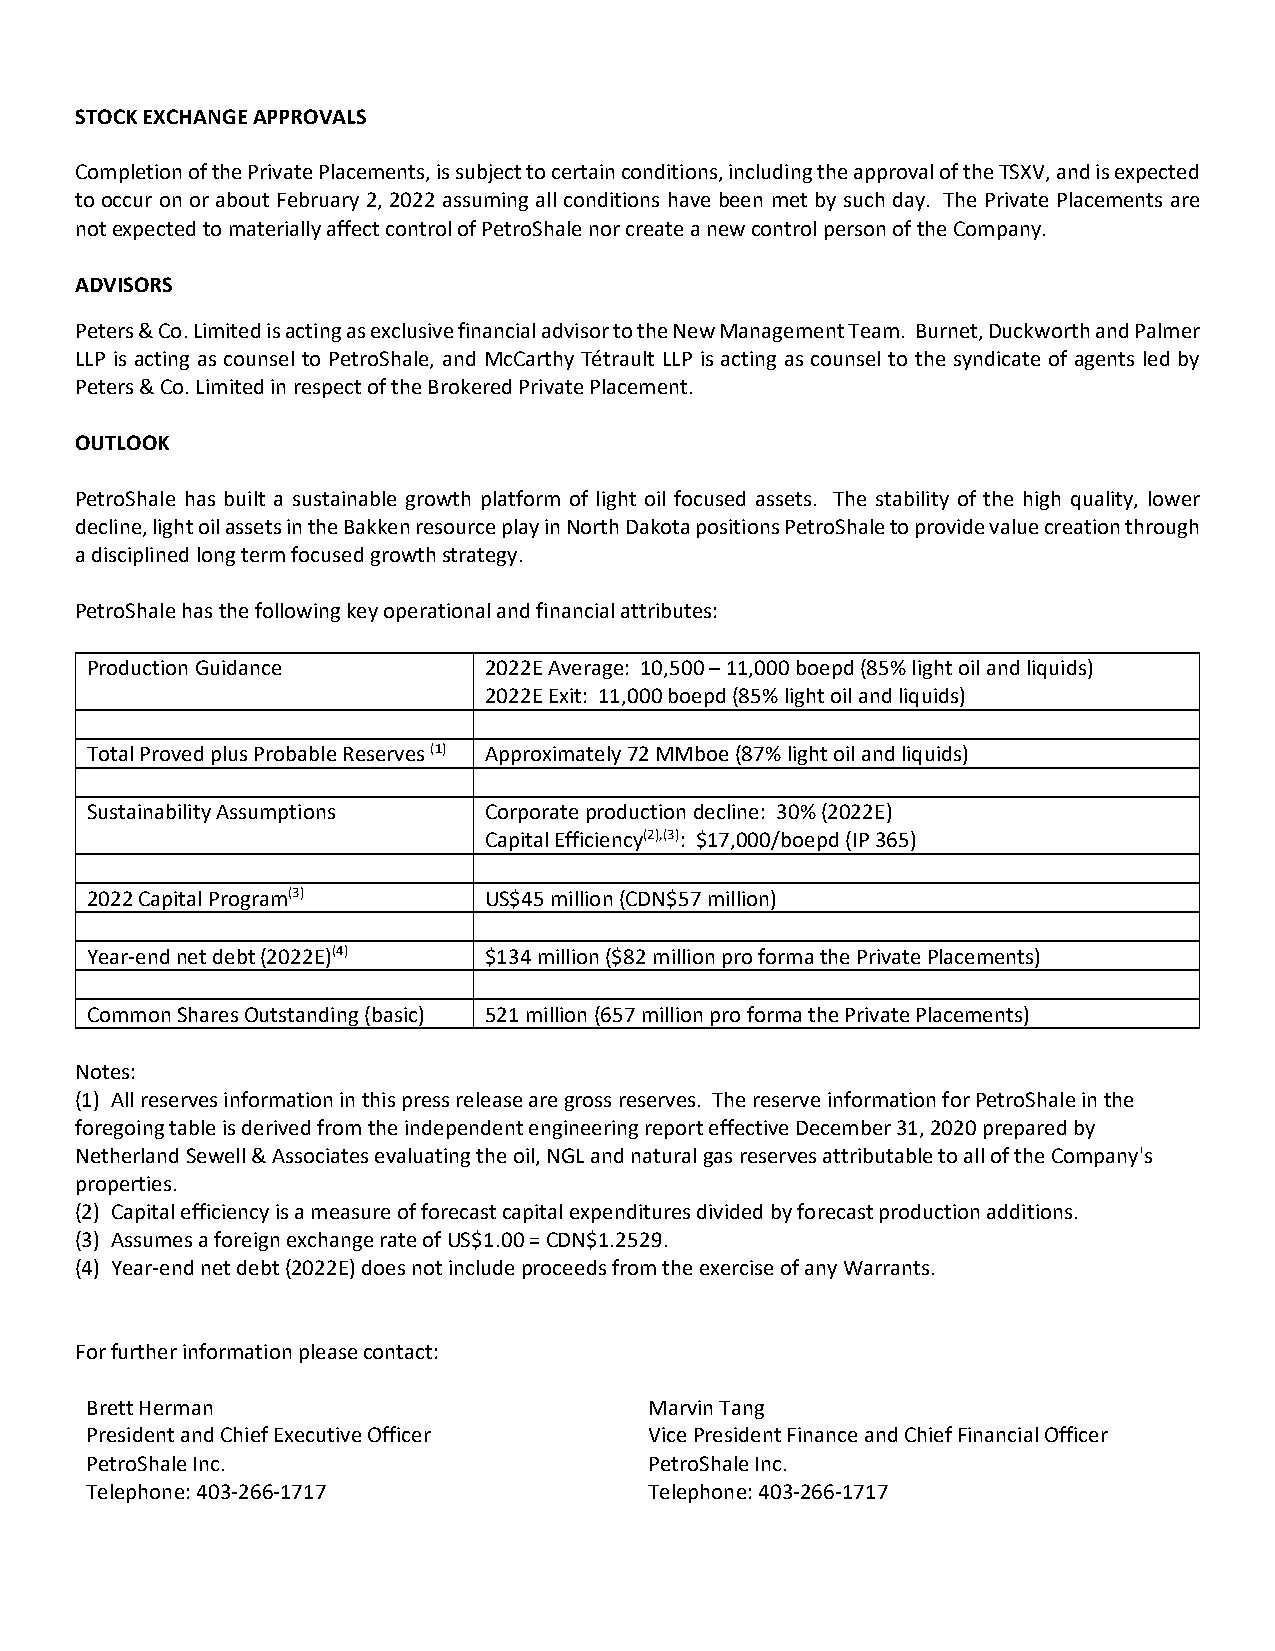
STOCK EXCHANGE APPROVALS
 Completion of the Private Placements, is subject to certain conditions, including the approval of the TSXV, and is expected
 to occur on or about February 2, 2022 assuming all conditions have been met by such day. The Private Placements are
 not expected to materially affect control of PetroShale nor create a new control person of the Company.
 ADVISORS
 Peters & Co. Limited is acting as exclusive financial advisor to the New Management Team. Burnet, Duckworth and Palmer
 LLP is acting as counsel to PetroShale, and McCarthy Tétrault LLP is acting as counsel to the syndicate of agents led by
 Peters & Co. Limited in respect of the Brokered Private Placement.
 OUTLOOK
 PetroShale has built a sustainable growth platform of light oil focused assets. The stability of the high quality, lower
 decline, light oil assets in the Bakken resource play in North Dakota positions PetroShale to provide value creation through
 a disciplined long term focused growth strategy.
 PetroShale has the following key operational and financial attributes:
 Production Guidance       2022E Average: 10,500 – 11,000 boepd (85% light oil and liquids)
 2022E Exit: 11,000 boepd (85% light oil and liquids)
 Total Proved plus Probable Reserves (1) Approximately 72 MMboe (87% light oil and liquids)
 Sustainability Assumptions Corporate production decline: 30% (2022E)
 Capital Efficiency(2),(3): $17,000/boepd (IP 365)
 2022 Capital Program(3)   US$45 million (CDN$57 million)
 Year‐end net debt (2022E)(4) $134 million ($82 million pro forma the Private Placements)
 Common Shares Outstanding (basic) 521 million (657 million pro forma the Private Placements)
 Notes:
 (1) All reserves information in this press release are gross reserves. The reserve information for PetroShale in the
 foregoing table is derived from the independent engineering report effective December 31, 2020 prepared by
 Netherland Sewell & Associates evaluating the oil, NGL and natural gas reserves attributable to all of the Company's
 properties.
 (2) Capital efficiency is a measure of forecast capital expenditures divided by forecast production additions.
 (3) Assumes a foreign exchange rate of US$1.00 = CDN$1.2529.
 (4) Year‐end net debt (2022E) does not include proceeds from the exercise of any Warrants.
 For further information please contact:
 Brett Herman                         Marvin Tang
 President and Chief Executive Officer Vice President Finance and Chief Financial Officer
 PetroShale Inc.                      PetroShale Inc.
 Telephone: 403‐266‐1717              Telephone: 403‐266‐1717